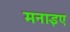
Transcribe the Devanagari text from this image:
मनाइए